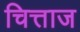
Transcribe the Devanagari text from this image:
चित्ताज